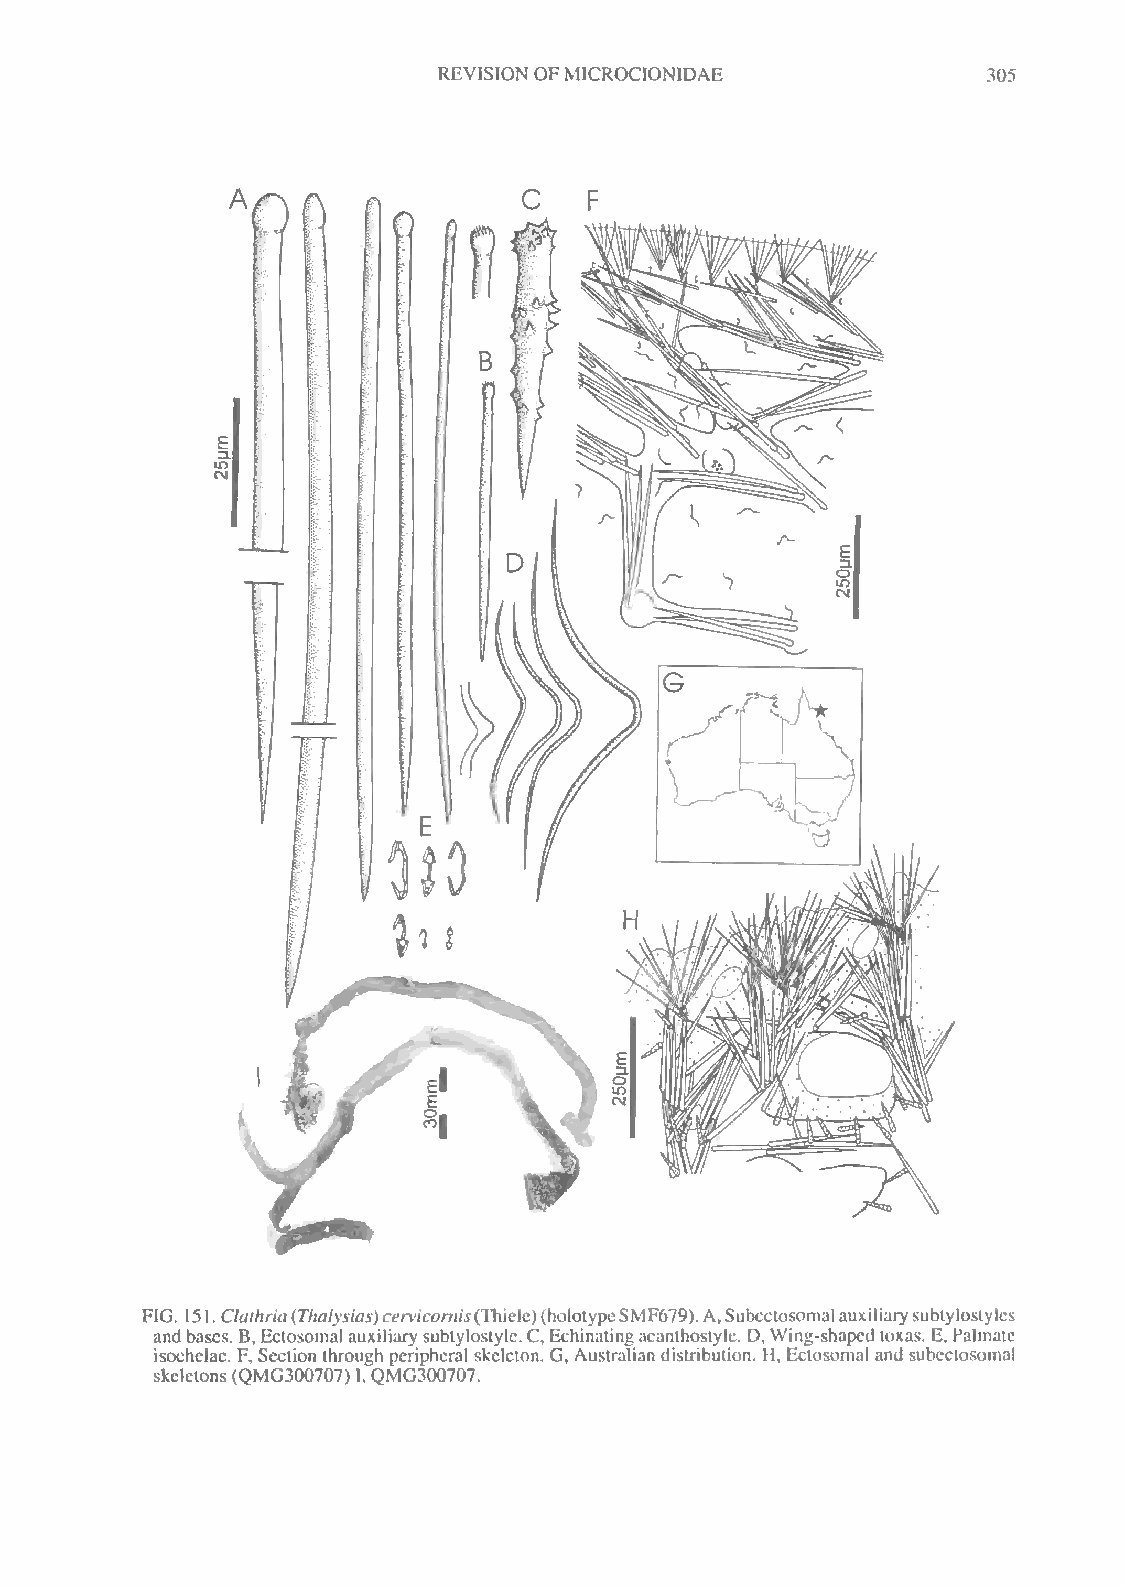
REVISION OFMICROCIONIDAE            305
 A
 0f)
 FIG. 151.Clathria(Thalysias)cervicornis(Thielc)(holotypeSMF679).A,Subcctosomalauxiliarysubtylostyles
 andbases. B,Ectosomal auxiliarysubtylostyle.C,Echinatingacanthostyle. D,Wing-shapedtoxas. E, Palmate
 isochelae. F, Section through peripheral skeleton. G, Australian distribution. H, Ectosomal and subectosomal
 skeletons(QMG300707) I,QMG300707.